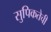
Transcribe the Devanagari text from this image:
सुपिकतेची